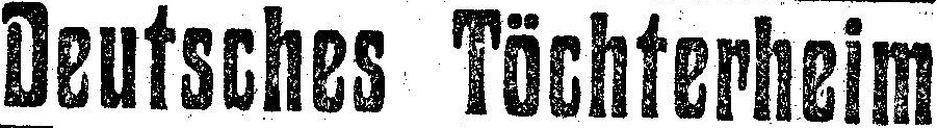
Deutsches Töchterheim